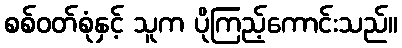
စစ်ဝတ်စုံနှင့် သူက ပိုကြည့်ကောင်းသည်။